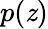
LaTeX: p(\mathit{z})